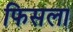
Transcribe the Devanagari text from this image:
फिसला